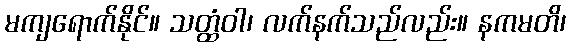
မကျရောက်နိုင်။ သတ္ထံဝါ၊ လက်နက်သည်လည်း။ နကမတိ၊